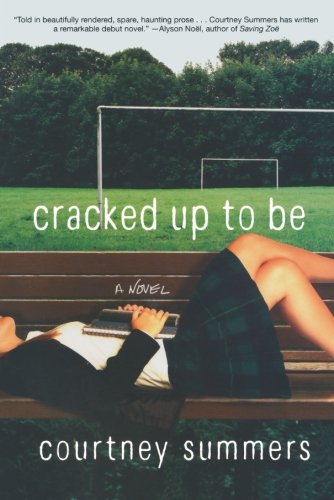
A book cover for Cracked Up to Be; Courtney Summers; Parenting & Relationships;